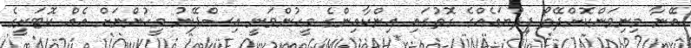
އޭނާ މިނިވަންކޮށްދޭތޯ ފިިދުޔައެއްގެ ގޮތުގައި އިންކާއިންގެ މީހުންވަނީ އިސްޕޭނު މީހުންނަށް އެއް ކޮޓަރީގެ